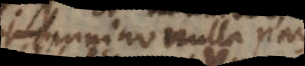
omnino nulla pars